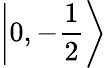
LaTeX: \left|0,-{\frac{1}{2}}\right\rangle